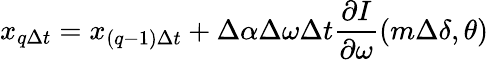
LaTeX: x_{q\Delta t}=x_{(q-1)\Delta t}+\Delta\alpha\Delta\omega\Delta t\frac{\partial I}{\partial\omega}\left(m\Delta\delta,\theta\right)